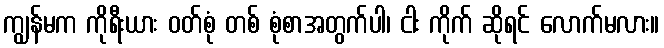
ကျွန်မက ကိုရီးယား ဝတ်စုံ တစ် စုံစာအတွက်ပါ၊ ငါး ကိုက် ဆိုရင် လောက်မလား။